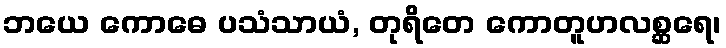
ဘယေ ကောဓေ ပသံသာယံ, တုရိတေ ကောတူဟလစ္ဆရေ၊